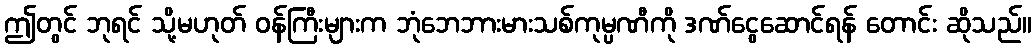
ဤတွင် ဘုရင် သို့မဟုတ် ဝန်ကြီးများက ဘုံဘေဘားမားသစ်ကုမ္ပဏီကို ဒဏ်ငွေဆောင်ရန် တောင်း ဆိုသည်။